Materia medica of Madras volume I
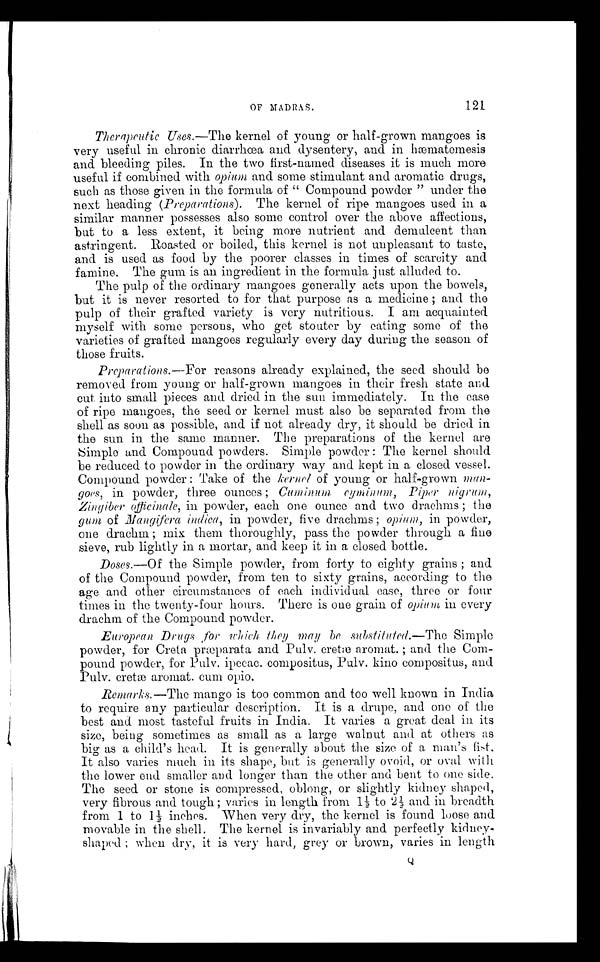
OF MADRAS.
121
Therapeutic Uses .—The kernel of young or half-grown mangoes is
very useful in chronic diarrhœa and dysentery, and in hæmatemesis
and bleeding piles. In the two first-named diseases it is much more
useful if combined. with Opium and some stimulant and aromatic drugs,
such as those given in the formula of " Compound powder " under the
next heading (Preparations). The kernel of ripe mangoes used in a
similar manner possesses also some control over the above affections,
but to a less extent, it being more nutrient and. demulcent than
astringent. Roasted or boiled, this kernel is not unpleasant to taste,
and is used as food by the poorer classes in times of scarcity and
famine. The gum is an ingredient in the formula just alluded to.
The pulp of the ordinary mangoes generally acts upon the bowels,
but it is never resorted to for that purpose as a medicine ; and the
pulp of their grafted variety is very nutritious. I am acquainted
myself with sonic persons, who get stouter by eating some of the
varieties of grafted mangoes regularly every day during the season of
those fruits.
Preparations.
—
For reasons already explained, the seed should be
removed from young or half-grown mangoes in their fresh state and
cut into small pieces and dried in the sun immediately. In the case
of ripe mangoes, the seed or kernel must also be separated from the
shell as soon as possible, and if not already dry, it should be dried in
the sun in the same manner. The preparations of the kernel are
Simple and Compound powders. Simple powder : The kernel should
be reduced to powder in the ordinary way and kept in a closed vessel.
Compound powder : Take of the kernel of young or half-grown man-
goes, in powder, three ounces ; Cuminum cyminum, Piper nigrum,
Zingiber officinale, in powder, each one ounce and two drachms ; the
gum of Mangi fera i ndi ca,
one drachm ; mix them thoroughly, pass the powder through a fiue
sieve, rub lightly in a mortar, and keep it in a closed bottle.
Doses.—Of the Simple powder, from forty to eighty grains ; and
of the Compound powder, from ten to sixty grains, according to the
age and other circumstances of each individual case, three or four
times in the twenty-four hours. There is one grain of opium, in every
drachm. of the Compound powder.
European Drugs for which they may be substituted.—The Simple
powder, for Creta præparata and Pulv. cretae aromat. ; and the Com--
pound powder, for Pulv. ipecac. compositus, Pulv. kino compositus, and
Pulv. cretae aromat. cum opio.
Remarks.—The mango is too common and too well known in India
to require any particular description. It is a drupe, and one of the
best and most tasteful fruits in India. It varies a great deal in its
size, being. sometimes as small as a large walnut and at others as
big as a child's head. It is generally about the size of a man's fist.
It also varies much in its shape, but is generally ovoid, or oval with
the lower end smaller and longer than the other and bent to one side.
The seed or stone is compressed, oblong, or slightly kidney shaped,
very fibrous and tough ; varies in length from 1½ to 2½ and in breadth
from 1 to 1½ inches. When very dry, the kernel is found loose and
movable in the shell. The kernel is invariably and perfectly kidney-
shaped ; when dry, it is very hard, grey or brown, varies in length
Q